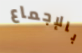
بالإجماع